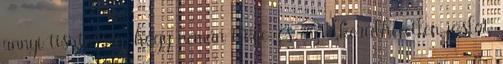
annyi tisztesség, hogy némán tűrje, és az elkerülhetetlen jóslat